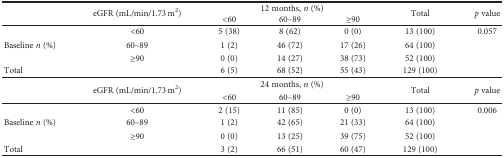
<table><thead><tr><td>[EMPTY_CELL]</td><td rowspan="2"><b>eGFR (mL/min/1.73 m<sup>2</sup>)</b></td><td colspan="3"><b>12 months, <i>n</i> (%)</b></td><td rowspan="2"><b>Total</b></td><td rowspan="2"><b><i>p</i> value</b></td></tr><tr><td>[EMPTY_CELL]</td><td><b>&lt;60</b></td><td><b>60–89</b></td><td><b>≥90</b></td></tr></thead><tbody><tr><td rowspan="3">Baseline <i>n</i> (%)</td><td>&lt;60</td><td>5 (38)</td><td>8 (62)</td><td>0 (0)</td><td>13 (100)</td><td>0.057</td></tr><tr><td>60–89</td><td>1 (2)</td><td>46 (72)</td><td>17 (26)</td><td>64 (100)</td><td>[EMPTY_CELL]</td></tr><tr><td>≥90</td><td>0 (0)</td><td>14 (27)</td><td>38 (73)</td><td>52 (100)</td><td>[EMPTY_CELL]</td></tr><tr><td>Total</td><td>[EMPTY_CELL]</td><td>6 (5)</td><td>68 (52)</td><td>55 (43)</td><td>129 (100)</td><td>[EMPTY_CELL]</td></tr><tr><td>[EMPTY_CELL]</td><td rowspan="2">eGFR (mL/min/1.73 m<sup>2</sup>)</td><td colspan="3">24 months, <i>n</i> (%)</td><td rowspan="2">Total</td><td rowspan="2"><i>p</i> value</td></tr><tr><td>[EMPTY_CELL]</td><td>&lt;60</td><td>60–89</td><td>≥90</td></tr><tr><td rowspan="3">Baseline <i>n</i> (%)</td><td>&lt;60</td><td>2 (15)</td><td>11 (85)</td><td>0 (0)</td><td>13 (100)</td><td>0.006</td></tr><tr><td>60–89</td><td>1 (2)</td><td>42 (65)</td><td>21 (33)</td><td>64 (100)</td><td>[EMPTY_CELL]</td></tr><tr><td>≥90</td><td>0 (0)</td><td>13 (25)</td><td>39 (75)</td><td>52 (100)</td><td>[EMPTY_CELL]</td></tr><tr><td>Total</td><td>[EMPTY_CELL]</td><td>3 (2)</td><td>66 (51)</td><td>60 (47)</td><td>129 (100)</td><td>[EMPTY_CELL]</td></tr></tbody></table>